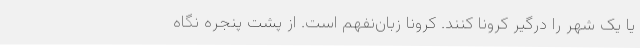
یا یک شهر را درگیر کرونا کنند. کرونا زبان‌نفهم است. از پشت پنجره نگاه